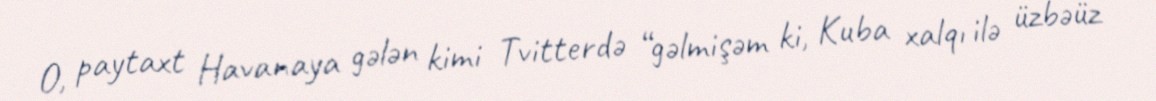
O, paytaxt Havanaya gələn kimi Tvitterdə “gəlmişəm ki, Kuba xalqı ilə üzbəüz